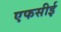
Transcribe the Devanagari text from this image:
एफसीई